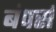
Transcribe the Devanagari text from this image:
बंपर्स